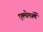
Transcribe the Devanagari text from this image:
एल्बेमार्ले